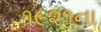
૧૯૨૧ના